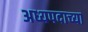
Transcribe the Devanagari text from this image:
अध्यपदाच्या